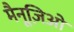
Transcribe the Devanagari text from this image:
मैनूज़िओ